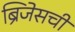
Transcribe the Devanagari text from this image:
ब्रिजेसची